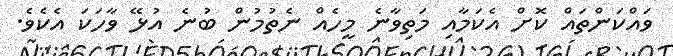
ވައްކަންތައް ކޮށް އެކަމާއި މަތިވާނެ މީހެއް ނެތުމުން ބުނެ އުޅޭ ވާހަކަ އެކެވެ.